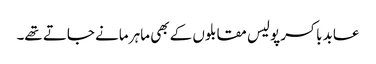
عابد باکسر پولیس مقابلوں کے بھی ماہر مانے جاتے تھے۔